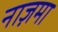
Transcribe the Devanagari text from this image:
नाज़मा